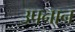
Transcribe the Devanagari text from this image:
उपनान